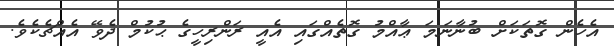
އެހެން ގޮތަކަށް ބުނާނަމަ ޢާއްމު ގޮތެއްގައި އެއީ ރަންރިހީގެ ޙުކުމް ދެވޭ އެއްޗެކެވެ.